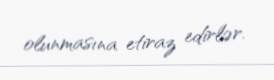
olunmasına etiraz edirlər.